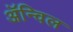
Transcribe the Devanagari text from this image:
अॅन्विल